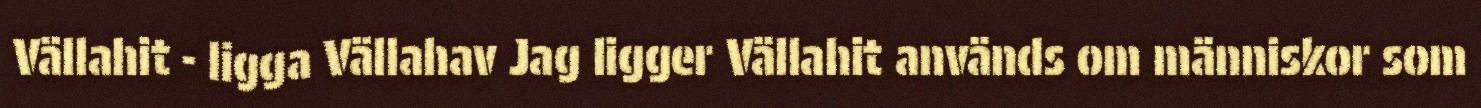
Vällahit - ligga Vällahav Jag ligger Vällahit används om människor som